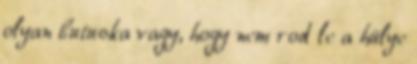
olyan butuska vagy, hogy nem rod le a hülye